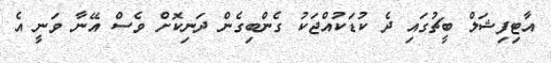
އާޓިފިޝަލް ބީޗުގައި ދެ ކުޑަކުއްޖަކު ގެންބިގެން ދަނިކޮށް ވެސް އޭނާ ވަނީ އެ